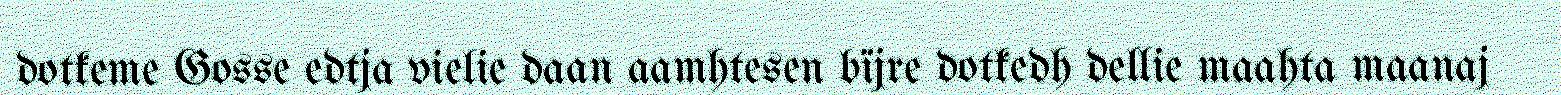
dotkeme Gosse edtja vielie daan aamhtesen bïjre dotkedh dellie maahta maanaj